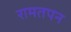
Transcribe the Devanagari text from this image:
रामतपन